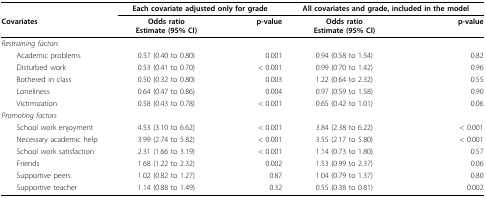
<table><thead><tr><td></td><td colspan="2"><b>Each covariate adjusted only for grade</b></td><td colspan="2"><b>All covariates and grade, included in the model</b></td></tr><tr><td><b>Covariates</b></td><td><b>Odds ratioEstimate (95% CI)</b></td><td><b>p-value</b></td><td><b>Odds ratioEstimate (95% CI)</b></td><td><b>p-value</b></td></tr></thead><tbody><tr><td><i>Restraining factors</i></td><td></td><td></td><td></td><td></td></tr><tr><td> Academic problems</td><td>0.57 (0.40 to 0.80)</td><td>0.001</td><td>0.94 (0.58 to 1.54)</td><td>0.82</td></tr><tr><td> Disturbed work</td><td>0.53 (0.41 to 0.70)</td><td>&lt; 0.001</td><td>0.99 (0.70 to 1.42)</td><td>0.96</td></tr><tr><td> Bothered in class</td><td>0.50 (0.32 to 0.80)</td><td>0.003</td><td>1.22 (0.64 to 2.32)</td><td>0.55</td></tr><tr><td> Loneliness</td><td>0.64 (0.47 to 0.86)</td><td>0.004</td><td>0.97 (0.59 to 1.58)</td><td>0.90</td></tr><tr><td> Victimization</td><td>0.58 (0.43 to 0.78)</td><td>&lt; 0.001</td><td>0.65 (0.42 to 1.01)</td><td>0.06</td></tr><tr><td><i>Promoting factors</i></td><td></td><td></td><td></td><td></td></tr><tr><td> School work enjoyment</td><td>4.53 (3.10 to 6.62)</td><td>&lt; 0.001</td><td>3.84 (2.38 to 6.22)</td><td>&lt; 0.001</td></tr><tr><td> Necessary academic help</td><td>3.99 (2.74 to 5.82)</td><td>&lt; 0.001</td><td>3.55 (2.17 to 5.80)</td><td>&lt; 0.001</td></tr><tr><td> School work satisfaction</td><td>2.31 (1.66 to 3.19)</td><td>&lt; 0.001</td><td>1.14 (0.73 to 1.80)</td><td>0.57</td></tr><tr><td> Friends</td><td>1.68 (1.22 to 2.32)</td><td>0.002</td><td>1.53 (0.99 to 2.37)</td><td>0.06</td></tr><tr><td> Supportive peers</td><td>1.02 (0.82 to 1.27)</td><td>0.87</td><td>1.04 (0.79 to 1.37)</td><td>0.80</td></tr><tr><td> Supportive teacher</td><td>1.14 (0.88 to 1.49)</td><td>0.32</td><td>0.55 (0.38 to 0.81)</td><td>0.002</td></tr></tbody></table>